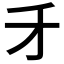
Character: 𠄒